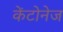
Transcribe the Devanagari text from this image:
केंटोनेज